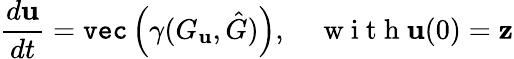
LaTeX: \frac{d\mathbf{u}}{dt}=\texttt{vec}\left(\gamma(G_{\mathbf{u}},\hat{G})\right),\quad\mathrm{~w~i~t~h~}\mathbf{u}(0)=\mathbf{z}